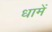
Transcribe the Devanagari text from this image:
धामें